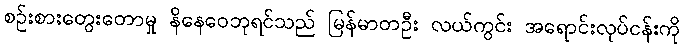
စဉ်းစားတွေးတောမှု နိနေဝေဘုရင်သည် မြန်မာတဦး လယ်ကွင်း အရောင်းလုပ်ငန်းကို